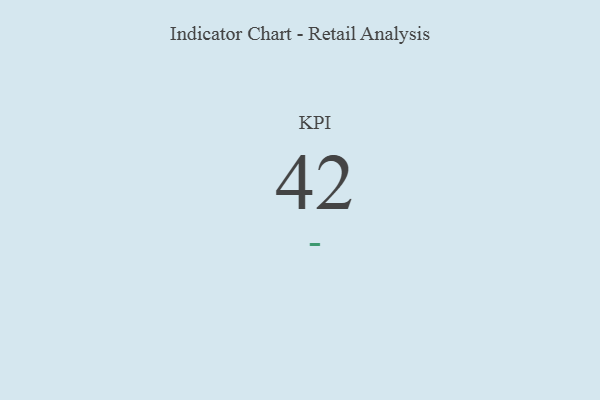
{"axis": {"x": "KPI", "y": "Value"}, "legend": [""], "data": [{"x": "KPI", "y": 42, "type": ""}]}